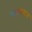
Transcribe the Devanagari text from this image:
यमकराज